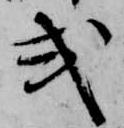
式